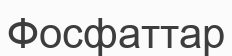
Фосфаттар